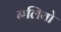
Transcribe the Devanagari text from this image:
नलियो